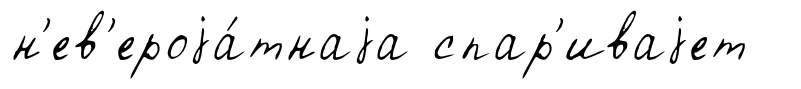
н'ев'ероjа́тнаjа спар'иваjет